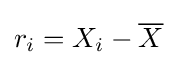
r_{i}=X_{i}-{\overline {X}}